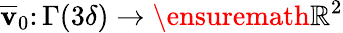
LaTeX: \overline{{\mathbf{v}}}_{0}\colon\Gamma(3\delta)\to\ensuremath{\mathbb{R}}^{2}